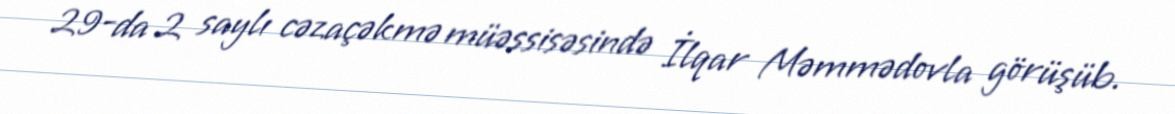
29-da 2 saylı cəzaçəkmə müəssisəsində İlqar Məmmədovla görüşüb.